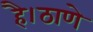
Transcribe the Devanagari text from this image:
है।ठाणे